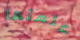
علمتها